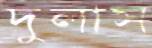
দুলাস